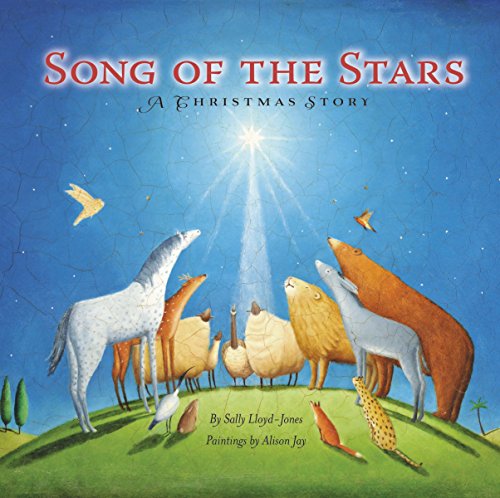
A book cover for Song of the Stars; Sally Lloyd-Jones; Children's Books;